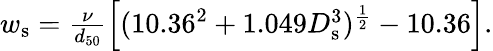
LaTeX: \begin{array}{r}{w_{\mathrm{s}}=\frac{\nu}{d_{50}}\left[(10.36^{2}+1.049D_{\mathrm{s}}^{3})^{\frac{1}{2}}-10.36\right].}\end{array}